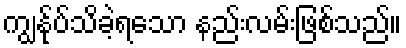
ကျွန်ုပ်သိခဲ့ရသော နည်းလမ်းဖြစ်သည်။